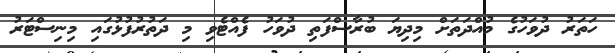
ހަތަރު ދުވަހުގެ މުއްދަތަށް މިދިޔަ ބުރާސްފަތި ދުވަހު ފެއްޓެވި މި ދަތުރުފުޅުގައި މިނިސްޓަރު